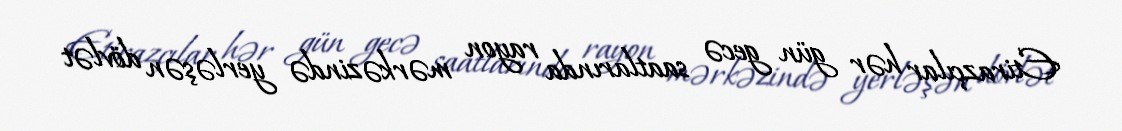
Etirazçılar hər gün gecə saatlarında rayon mərkəzində yerləşən dövlət